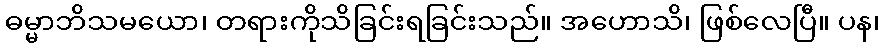
ဓမ္မာဘိသမယော၊ တရားကိုသိခြင်းရခြင်းသည်။ အဟောသိ၊ ဖြစ်လေပြီ။ ပန၊